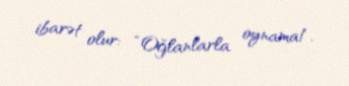
ibarət olur: “Oğlanlarla oynama!.